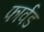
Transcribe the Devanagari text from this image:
फार्वड